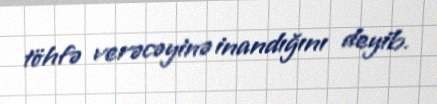
töhfə verəcəyinə inandığını deyib.